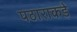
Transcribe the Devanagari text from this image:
पठाराकडे